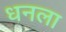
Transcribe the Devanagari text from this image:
धनला